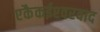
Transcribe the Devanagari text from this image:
एकैकईश्‍वरवाद